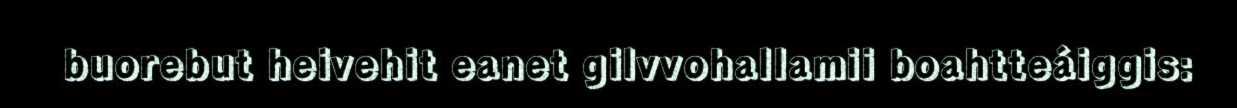
buorebut heivehit eanet gilvvohallamii boahtteáiggis: